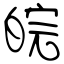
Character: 皖